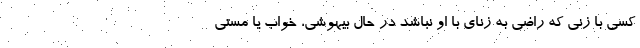
کسی با زنی که راضی به زنای با او نباشد در حال بیهوشی، خواب یا مستی